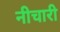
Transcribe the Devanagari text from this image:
नीचारी